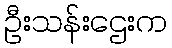
ဦးသန်းဌေးက